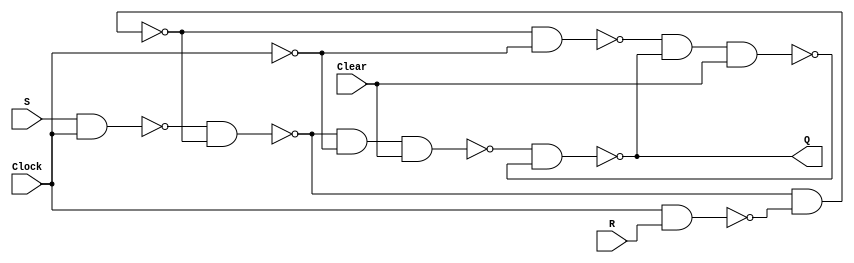
`timescale 1ns / 1ps
//Gate level implementation of SR flip-flop with asynchrnous active-low clear
//ECE333, Fall 2012
module SRffwithClear(
input S, R, Clock, Clear,
output Q
);

wire w12, w23, w56, w26, w62;
wire w93, w67, w34, w48, w84, w78;

nand U1 (w12,S,Clock);
nand #1 U2 (w26, w12, w62);
nand U3 (w34,w26, w93, Clear);
nand U4 (Q,w34,w84);
nand U5 (w56, Clock, R);
nand #1 U6 (w62, w26, w56);
nand U7 (w78, w62, w93);
nand U8 (w84, w78, Q, Clear);
not  U9 (w93, Clock);

endmodule